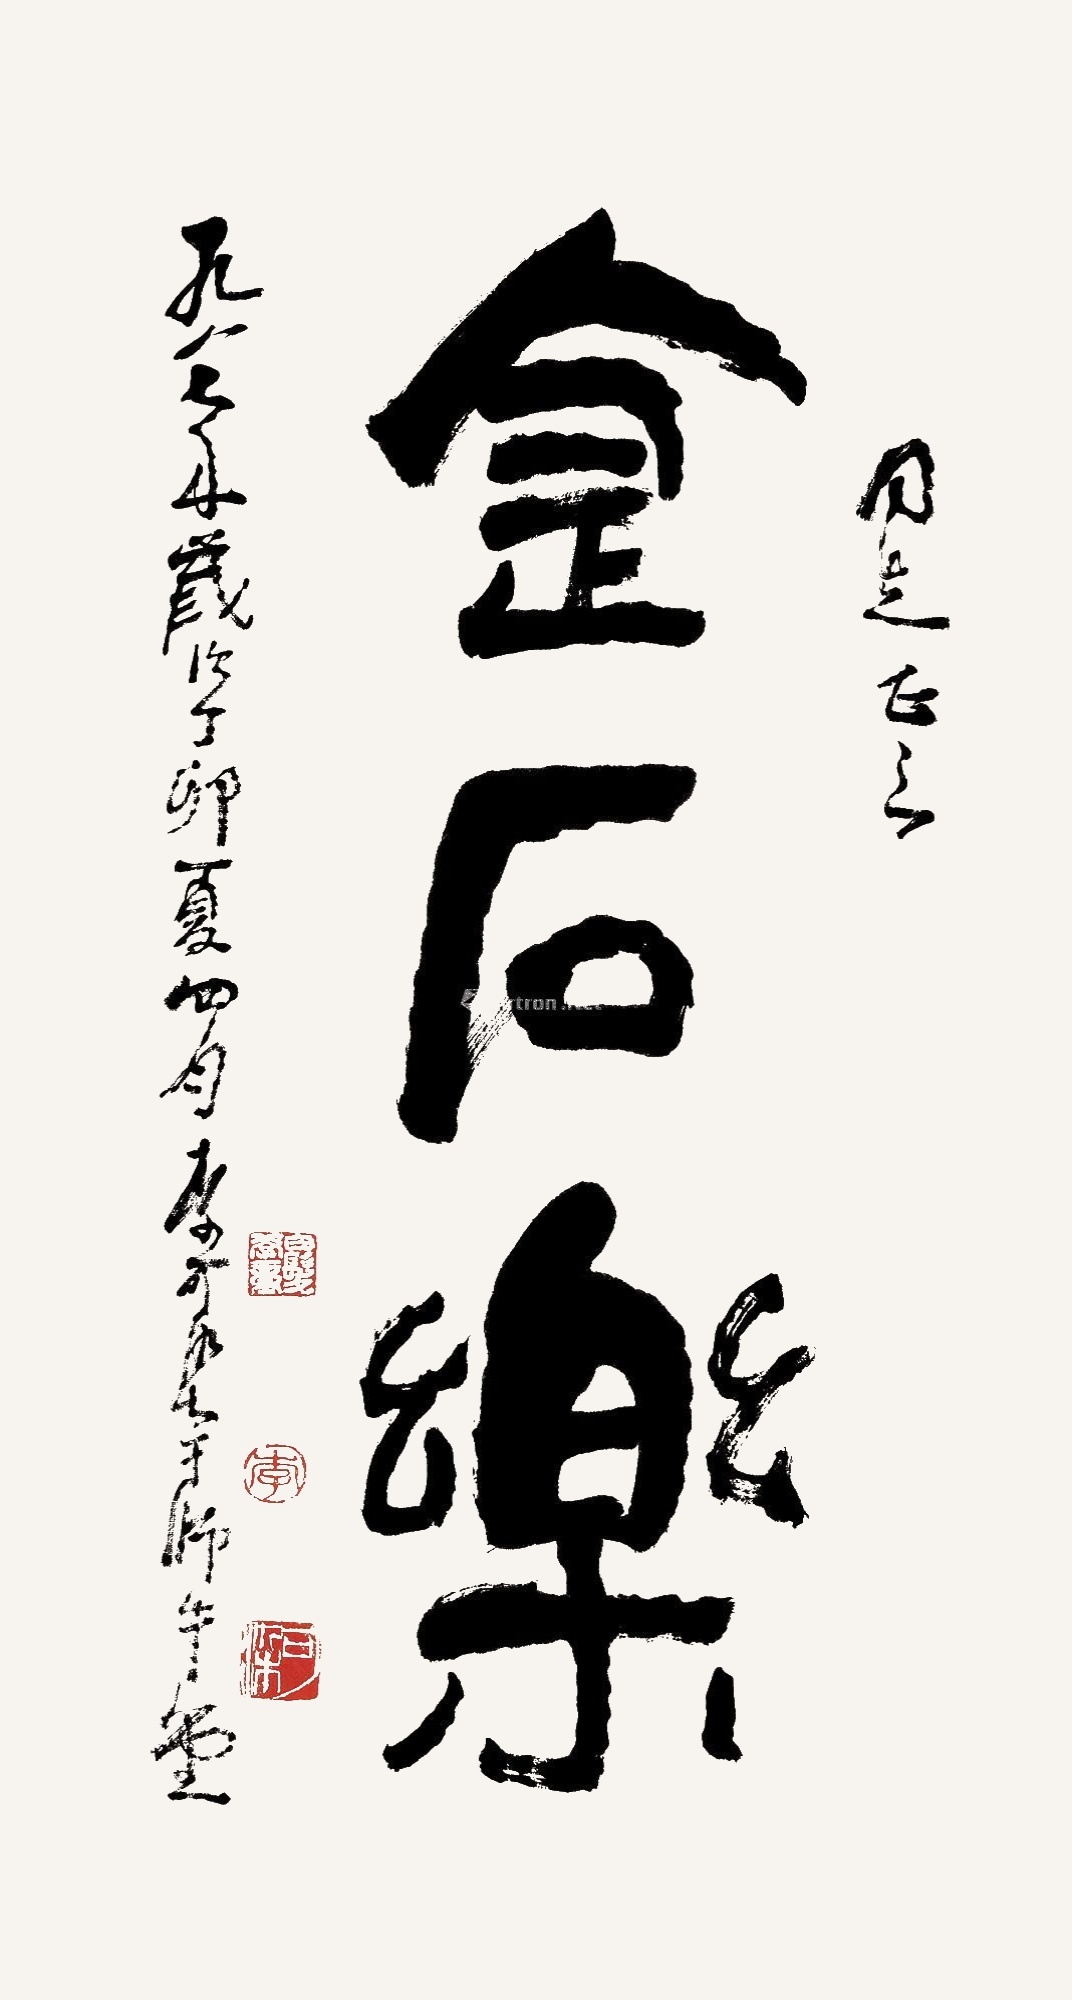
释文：金石乐。□□同志正之，一九八七年岁次丁卯夏四月，李可染于师牛堂。